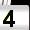
Digit: 4